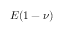
E ( 1 - \nu )